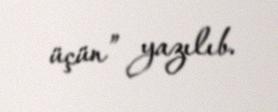
üçün” yazılıb.